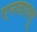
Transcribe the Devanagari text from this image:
एनवाययू